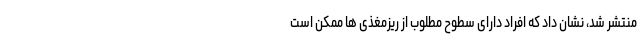
منتشر شد، نشان داد که افراد دارای سطوح مطلوب از ریزمغذی ها ممکن است